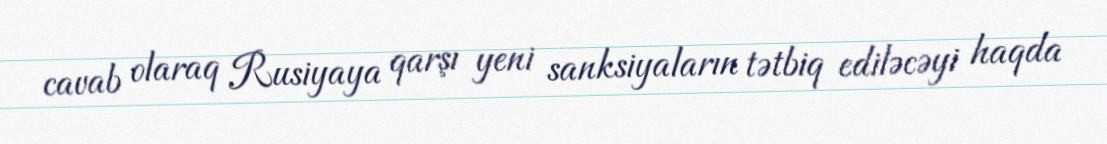
cavab olaraq Rusiyaya qarşı yeni sanksiyaların tətbiq ediləcəyi haqda